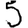
Digit: 5